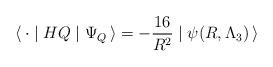
LaTeX: \begin{align*}\langle \,{\bf \cdot} \mid HQ \mid \Psi_Q\, \rangle = -\frac{16}{R^2} \mid \psi(R, \Lambda_3)\, \rangle\end{align*}